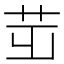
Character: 𦭢